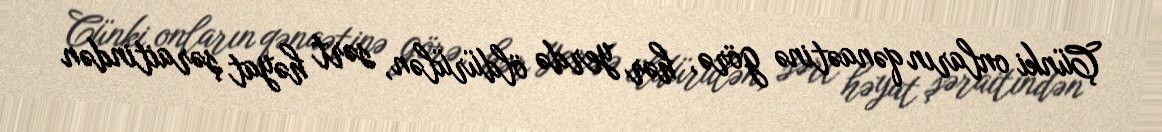
Çünki onların qənaətinə görə, hər yerdə öldürülən, sərt həyat şəraitindən